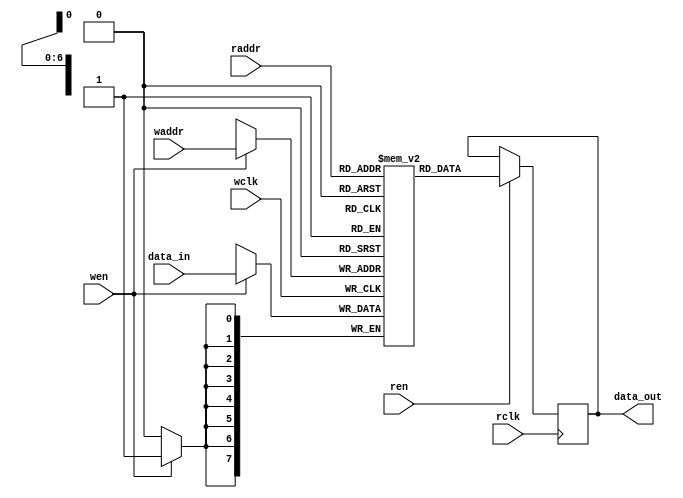
//-----------------------------
// Dual-port RAM 128x8 bit (1Kbit)
// Core logic
//-----------------------------
module dpram_128x8_core (
  input wclk,
  input wen,
  input [0:6] waddr,
  input [0:7] data_in,
  input rclk,
  input ren,
  input [0:6] raddr,
  output [0:7] data_out );

  reg [0:7] ram[0:127];
  reg [0:7] internal;

  assign data_out = internal;

  always @(posedge wclk) begin
    if(wen) begin
      ram[waddr] <= data_in;
    end
  end

  always @(posedge rclk) begin
    if(ren) begin
      internal <= ram[raddr];
    end
  end

endmodule

//-----------------------------
// Dual-port RAM 128x8 bit (1Kbit) wrapper
// where the read clock and write clock
// are combined to a unified clock
//-----------------------------
module dpram_128x8 (
  input clk,
  input wen,
  input ren,
  input [0:6] waddr,
  input [0:6] raddr,
  input [0:7] data_in,
  output [0:7] data_out );

    dpram_128x8_core memory_0 (
      .wclk    (clk),
      .wen    (wen),
      .waddr    (waddr),
      .data_in  (data_in),
      .rclk    (clk),
      .ren    (ren),
      .raddr    (raddr),
      .data_out    (data_out) );

endmodule